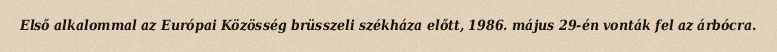
Első alkalommal az Európai Közösség brüsszeli székháza előtt, 1986. május 29-én vonták fel az árbócra.